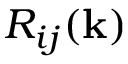
{ \cal { R } } _ { i j } ( { \bf { k } } )